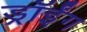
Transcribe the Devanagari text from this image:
ड्रॉईंग